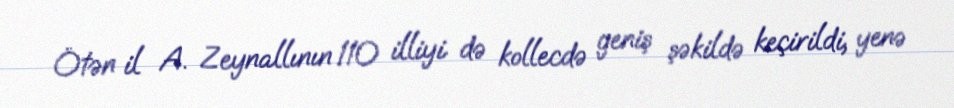
Ötən il A. Zeynallının 110 illiyi də kollecdə geniş şəkildə keçirildi, yenə